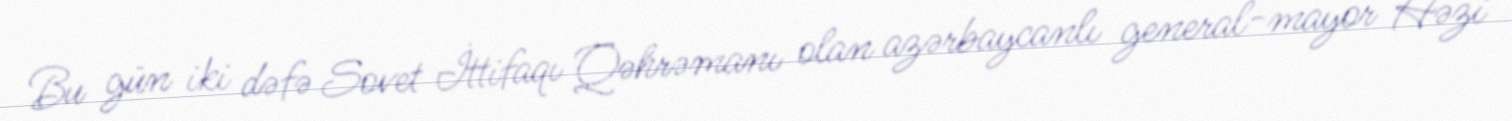
Bu gün iki dəfə Sovet İttifaqı Qəhrəmanı olan azərbaycanlı general-mayor Həzi